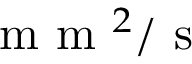
\mathrm { ~ m ~ m ~ } ^ { 2 } / \mathrm { ~ s ~ }